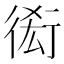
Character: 𧗫